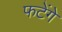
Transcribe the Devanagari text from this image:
फटेंगे